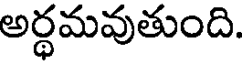
అర్ధమవుతుంది.